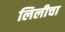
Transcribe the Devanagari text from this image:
लिलीचा